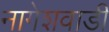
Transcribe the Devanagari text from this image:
नागेशवाडी